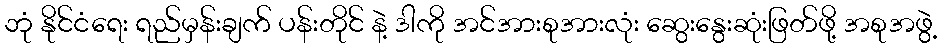
ဘုံ နိုင်ငံရေး ရည်မှန်းချက် ပန်းတိုင် နဲ့ ဒါကို အင်အားစုအားလုံး ဆွေးနွေးဆုံးဖြတ်ဖို့ အစုအဖွဲ့